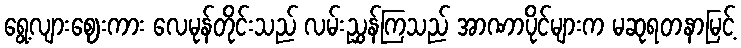
ရွေ့လျားဈေးကား လေမုန်တိုင်းသည် လမ်းညွှန်ကြသည် အာဏာပိုင်များက မဆုရတနာမြင့်